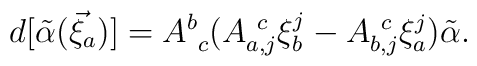
d[{\tilde\alpha}(\vec\xi_a)]=A^b_{~c}(A^{~c}_{a,j}\xi^j_b-A^{~c}_{b,j}\xi^j_a) {\tilde\alpha}.